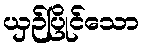
ယှဉ်ပြိုင်သော